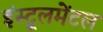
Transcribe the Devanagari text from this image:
इंस्ट्रूलमेंटल